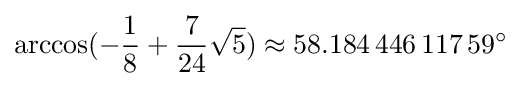
\arccos(-{\frac {1}{8}}+{\frac {7}{24}}{\sqrt {5}})\approx 58.184\,446\,117\,59^{\circ }